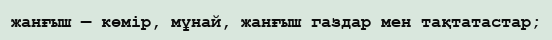
жанғыш — көмір, мұнай, жанғыш газдар мен тақтатастар;